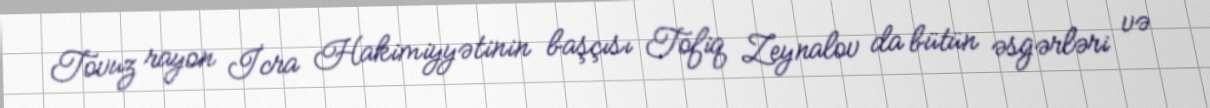
Tovuz rayon İcra Hakimiyyətinin başçısı Tofiq Zeynalov da bütün əsgərləri və